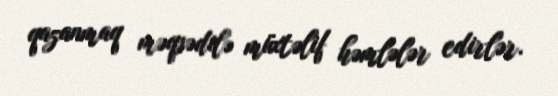
qazanmaq məqsədilə müxtəlif həmlələr edirlər.